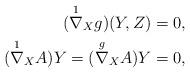
LaTeX: \begin{align*}(\overset{1}{\nabla}_{X} g )(Y,Z) & =0,\\(\overset{1}{\nabla}_{X} A )Y =(\overset{g}{\nabla}_{X} A)Y &= 0, \end{align*}